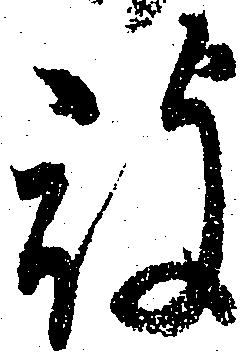
被